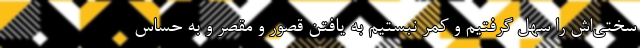
سختی‌اش را سهل گرفتیم و کمر نبستیم به یافتن قصور و مقصر و به حساس